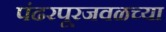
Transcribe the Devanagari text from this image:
पंढरपूरजवळच्या